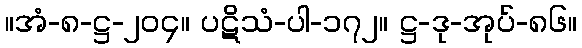
။အံ-၈-ဋ္ဌ-၂၀၄။ ပဋိသံ-ပါ-၁၇၂။ ဋ္ဌ-ဒု-အုပ်-၈၆။